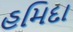
હમિદા